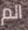
الم